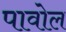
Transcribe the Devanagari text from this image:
पावोल